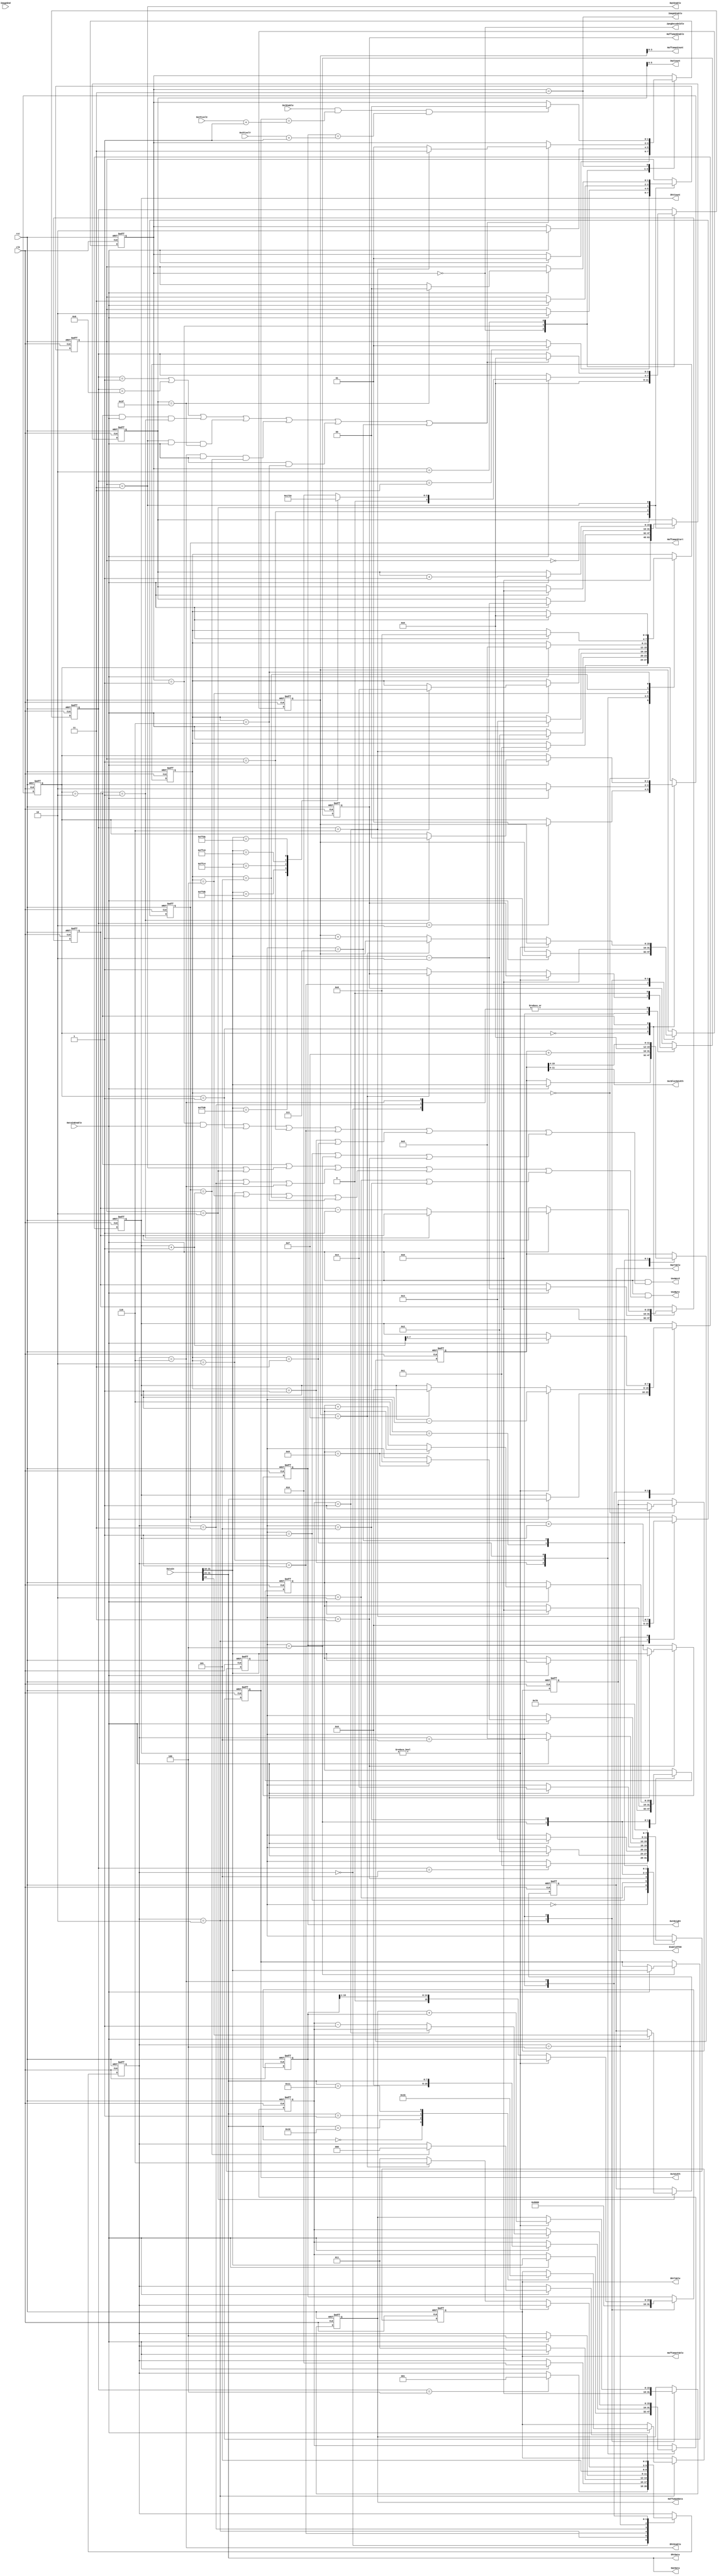
//---------------------------------------------------------------------------
// Module Name	: jpeg_decode_fsm
// Description	: Decode Maker
// Project		: JPEG Decoder
// Belong to	: 
// HomePage		: http://www.sweetcafe.jp/
// Rev.			: 1.03
//---------------------------------------------------------------------------
// Rev. Date		 Description
//---------------------------------------------------------------------------
// 1.01 2006/10/01 1st Release
// 1.02 2006/10/04 Remove a HmOldData register.
//						When reset, clear a ReadDqtTable register.
// 1.03 2007/04/11 Remove JpegDecodeStart
//                 Exchange StateMachine(Add ImageData)
//                 Remove JpegDecodeStart
//---------------------------------------------------------------------------
// $Id: 
//---------------------------------------------------------------------------
`timescale 1ps / 1ps
	
module jpeg_decode_fsm
	(
	rst,
	clk,

	// From FIFO
	DataInEnable,
	DataIn,

	JpegDecodeIdle,		// Deocdeer Process Idle(1:Idle, 0:Run)

	OutWidth,
	OutHeight,
	OutBlockWidth,
	OutEnable,
	OutPixelX,
	OutPixelY,
	
	//
	DqtEnable,
	DqtTable,
	DqtCount,
	DqtData,

	//
	DhtEnable,
	DhtTable,
	DhtCount,
	DhtData,

	//
	HaffumanEnable,
	HaffumanTable,
	HaffumanCount,
	HaffumanData,
	HaffumanStart,

	//
	ImageEnable,
	ImageEnd,
	EnableFF00,
	
	//
	UseByte,
	UseWord
	);

	input			 rst;
	input			 clk;

	input 			DataInEnable;
	input [31:0]	DataIn;
	
	output			JpegDecodeIdle;

	output [15:0]	OutWidth;
	output [15:0]	OutHeight;
	output [11:0]	OutBlockWidth;
	input			OutEnable;
	input [15:0]	OutPixelX;
	input [15:0]	OutPixelY;
	
	output 			DqtEnable;
	output 			DqtTable;
	output [5:0]	DqtCount;
	output [7:0]	DqtData;

	output 			DhtEnable;
	output [1:0]	DhtTable;
	output [7:0]	DhtCount;
	output [7:0]	DhtData;

	//
	output 			HaffumanEnable;
	output [1:0]	HaffumanTable;
	output [3:0]	HaffumanCount;
	output [15:0]	HaffumanData;
	output [7:0]	HaffumanStart;
	
	//
	output 			ImageEnable;
	input 			ImageEnd;
	output 			EnableFF00;
	
	//
	output 			UseByte;
	output 			UseWord;


	//--------------------------------------------------------------------------
	// Read Maker from Jpeg Data
	//--------------------------------------------------------------------------
	reg [1:0]		State;
	reg [3:0]		Process;
	wire			StateReadByte;
	wire			StateReadWord;
	wire			ImageEnable;

	wire			ReadSegmentEnd;

	parameter		Idle		= 2'b00;
	parameter		GetMarker	= 2'b01;
	parameter		ReadSegment	= 2'b10;
	parameter		ImageData	= 2'b11;

	parameter		NoProcess	= 4'h0;
	parameter		SegSOI		= 4'h1;
	parameter		SegAPP		= 4'h2;
	parameter		SegDQT		= 4'h3;
	parameter		SegDHT		= 4'h4;
	parameter		SegSOF0		= 4'h5;
	parameter		SegSOS		= 4'h6;
	parameter		SegDRI		= 4'h7;
	parameter		SegRST		= 4'h8;
	parameter		SegEOI		= 4'h9;
	
	reg [15:0]		JpegWidth;
	reg [15:0]		JpegHeight;

	always @(posedge clk or negedge rst) begin
		if(!rst) begin
			State		<= Idle;
			Process		<= NoProcess;
		end else begin
			case(State)
				Idle: begin
					if(DataInEnable == 1'b1) begin
						State	<= GetMarker;
					end
					Process		<= NoProcess;
				end
				GetMarker: begin
					if(DataInEnable == 1'b1) begin
						State	<= ReadSegment;
						case(DataIn[31:16])
						16'hFFD8: begin		// SOI Segment
							Process <= SegSOI;
						end
						16'hFFE0: begin		// APP0 Segment
							Process <= SegAPP;
						end
						16'hFFDB: begin		// DQT Segment
							Process <= SegDQT;
						end
						16'hFFC4: begin		// DHT Segment
							Process <= SegDHT;
						end
						16'hFFC0: begin		// SOF0 Segment
							Process <= SegSOF0;
						end
						16'hFFDA: begin		// SOS Segment
							Process <= SegSOS;
						end
						//16'hFFDD: begin	// DRI Segment
						//	Process <= SegDRI;
						//end
						//16'hFFDx: begin	// RSTn Segment
						//	Process <= SegRST;
						//end
						//16'hFFD9: begin	// EOI Segment
						//	Process <= SegEOI;
						//end
						default: begin
							Process <= SegAPP;
						end
						endcase
					end
				end
				ReadSegment: begin
					if(ReadSegmentEnd == 1'b1) begin
						Process <= NoProcess;
						if(Process == SegSOS) begin
							State	<= ImageData;
						end else begin
							State	<= GetMarker;
						end
					end
				end
				ImageData: begin
					if(OutEnable & (JpegWidth == OutPixelX +1) & (JpegHeight == OutPixelY +1)) begin
						State	 <= Idle;
					end
				end
			endcase
		end
	end

	assign JpegDecodeIdle	= (State == Idle);
	assign StateReadByte	= 1'b0;
	assign StateReadWord	= ((State == GetMarker) & (DataInEnable == 1'b1));
	assign ImageEnable		= (State == ImageData);

	wire	ReadNopEnd;

	assign	ReadNopEnd = ((Process == SegSOI) | (Process == SegRST));
	
	//--------------------------------------------------------------------------
	// APP Segment
	// Skip read data!
	//--------------------------------------------------------------------------

	reg [1:0]	StateAPP;
	reg [15:0]	ReadAppCount;
	wire		ReadAppByte;
	wire		ReadAppWord;
	wire		ReadAppEnd;

	parameter	AppIdle		= 2'd0;
	parameter	AppLength	= 2'd1;
	parameter	AppRead		= 2'd2;
	
	always @(posedge clk or negedge rst) begin
		if(!rst) begin
			StateAPP		<= AppIdle;
			ReadAppCount	<= 16'd0;
		end else begin
			case(StateAPP)
				AppIdle: begin
					if(Process == SegAPP) StateAPP <= AppLength;
					ReadAppCount <= 16'd0;
				end
				AppLength: begin
					if(DataInEnable == 1'b1) begin
						ReadAppCount	<= DataIn[31:16] -2;
						StateAPP		<= AppRead;
					end
				end
				AppRead: begin
					if(DataInEnable == 1'b1) begin
						if(ReadAppCount == 1) begin
							StateAPP		<= AppIdle;
						end else begin
							ReadAppCount	<= ReadAppCount -1;
						end
					end
				end
			endcase
		end
	end
	assign ReadAppByte	= (StateAPP == AppRead);
	assign ReadAppWord	= (StateAPP == AppLength);
	assign ReadAppEnd	= ((StateAPP == AppRead) & (DataInEnable == 1'b1) & (ReadAppCount == 1));
	
	//--------------------------------------------------------------------------
	// DQT Segment
	//--------------------------------------------------------------------------

	reg [1:0]	 StateDQT;
	reg [15:0]	ReadDqtCount;
	wire			ReadDqtByte;
	wire			ReadDqtWord;
	wire			ReadDqtEnd;
	wire			ReadDqtEnable;
	wire [7:0]	ReadDqtData;
	reg			 ReadDqtTable;

	parameter	 DQTIdle	= 2'b00;
	parameter	 DQTLength = 2'b01;
	parameter	 DQTTable	= 2'b10;
	parameter	 DQTRead	= 2'b11;
	
	always @(posedge clk or negedge rst) begin
		if(!rst) begin
			StateDQT		<= DQTIdle;
			ReadDqtCount	<= 16'h0000;
	 ReadDqtTable	<= 1'b0;
		end else begin
			case(StateDQT)
				DQTIdle: begin
					if(Process == SegDQT) begin
						StateDQT <= DQTLength;
					end
					ReadDqtCount	<= 16'h0000;
				end
				DQTLength: begin
					if(DataInEnable == 1'b1) begin
						StateDQT		<= DQTTable;
						ReadDqtCount <= DataIn[31:16] -2;
					end
				end
				DQTTable: begin
					if(DataInEnable == 1'b1) begin
						StateDQT		<= DQTRead;
						ReadDqtTable <= DataIn[24];
						ReadDqtCount <= 16'd0;
					end
				end
				DQTRead: begin
					if(DataInEnable == 1'b1) begin
						if(ReadDqtCount ==63) begin
							StateDQT		<= DQTIdle;
						end
						ReadDqtCount	<= ReadDqtCount +1;
					end
				end
			endcase
		end
	end

	assign ReadDqtEnable = StateDQT == DQTRead;
	assign ReadDqtData	= DataIn[31:24];
	
	assign ReadDqtByte = StateDQT == DQTRead | StateDQT == DQTTable;
	assign ReadDqtWord = StateDQT == DQTLength;
	assign ReadDqtEnd	= StateDQT == DQTRead & DataInEnable == 1'b1 & ReadDqtCount ==63;

	//--------------------------------------------------------------------------
	// DHT Segment
	//--------------------------------------------------------------------------
	reg [2:0]		StateDHT;
	reg [15:0]	 ReadDhtCount;
	wire			 ReadDhtByte;
	wire			 ReadDhtWord;
	wire			 ReadDhtEnd;
	wire			 ReadDhtEnable;
	wire [7:0]	 ReadDhtData;
	reg [1:0]		ReadDhtTable;

	reg [15:0]	 HmShift;
	reg [15:0]	 HmData;
	reg [7:0]		HmMax;
	reg [7:0]		HmCount;
	reg				HmEnable;

	parameter		DHTIdle = 3'h0;
	parameter		DHTLength = 3'h1;
	parameter		DHTTable = 3'h2;
	parameter		DHTMakeHm0 = 3'h3;
	parameter		DHTMakeHm1 = 3'h4;
	parameter		DHTMakeHm2 = 3'h5;
	parameter		DHTReadTable = 3'h6;
	
	always @(posedge clk or negedge rst)
		begin
			if(!rst) begin
				StateDHT <= DHTIdle;
				ReadDhtCount	<= 16'h0000;
				ReadDhtTable	<= 2'b00;
				HmEnable		<= 1'b0;
				HmShift		 <= 16'h8000;
				HmData			<= 16'h0000;
				HmMax			<= 8'h00;
				HmCount		 <= 8'h00;
			end else begin // if (!rst)
				case(StateDHT)
				 DHTIdle: begin
					 if(Process == SegDHT) begin
						 StateDHT <= DHTLength;
					 end
					 HmEnable		<= 1'b0;
				 end
				 DHTLength: begin
					 if(DataInEnable == 1'b1) begin
						 StateDHT		<= DHTTable;
						 ReadDhtCount <= DataIn[31:16];
					 end
				 end
				 DHTTable: begin
					 if(DataInEnable == 1'b1) begin
						 StateDHT <= DHTMakeHm0;
						 case(DataIn[31:24])
							8'h00: ReadDhtTable <= 2'b00;
							8'h10: ReadDhtTable <= 2'b01;
							8'h01: ReadDhtTable <= 2'b10;
							8'h11: ReadDhtTable <= 2'b11;
						 endcase
					 end
					 HmShift <= 16'h8000;
					 HmData	<= 16'h0000;
					 HmMax	<= 8'h00;
					 ReadDhtCount <= 0;
				 end // case: DHTTable
				 DHTMakeHm0: begin
					 if(DataInEnable == 1'b1) begin
						 StateDHT		<= DHTMakeHm1;
						 HmCount		<= DataIn[31:24];
					 end
					 HmEnable		<= 1'b0;
				 end
				 DHTMakeHm1: begin
					 StateDHT <= DHTMakeHm2;
					 HmMax	 <= HmMax + HmCount;
				 end
				 DHTMakeHm2: begin
					 if(HmCount != 0) begin
						 HmData	<= HmData + HmShift;
						 HmCount <= HmCount -1;
					 end else begin
						 if(ReadDhtCount == 15) begin
							 StateDHT <= DHTReadTable;
							 HmCount	<= 8'h00;
							 //HmMax	 <= HmMax -1;
						 end else begin
							 HmEnable		<= 1'b1;
							 StateDHT		<= DHTMakeHm0;
							 ReadDhtCount <= ReadDhtCount +1;
						 end
						 HmShift <= HmShift >> 1;
					 end
				 end
				 DHTReadTable: begin
					 HmEnable		<= 1'b0;
					 if(DataInEnable == 1'b1) begin
						 if(HmMax == HmCount +1) begin
							 StateDHT <= DHTIdle;
						 end
						 HmCount				<= HmCount +1;
					 end
				 end
				endcase
			end
		end

	assign ReadDhtEnable = StateDHT == DHTReadTable;
	assign ReadDhtData	= DataIn[31:24];
	
	assign ReadDhtByte = StateDHT == DHTTable | StateDHT == DHTMakeHm0 |
								StateDHT == DHTReadTable;
	assign ReadDhtWord = StateDHT == DHTLength;
	assign ReadDhtEnd	= StateDHT == DHTReadTable & DataInEnable == 1'b1 & HmMax == HmCount +1;

	//--------------------------------------------------------------------------
	// SOS Segment
	//--------------------------------------------------------------------------
	reg [3:0] StateSOS;
	reg [15:0] ReadSosCount;
	wire		 ReadSosByte;
	wire		 ReadSosWord;
	wire		 ReadSosEnd;

	parameter	SOSIdle		 = 4'h0;
	parameter	SOSLength		= 4'h1;
	parameter	SOSRead0		= 4'h2;
	parameter	SOSRead1		= 4'h3;
	parameter	SOSRead2		= 4'h4;
	parameter	SOSRead3		= 4'h5;
	parameter	SOSRead4		= 4'h6;

	reg 			EnableFF00;
	
	always @(posedge clk or negedge rst)
		begin
			if(!rst) begin
				StateSOS			<= SOSIdle;
				ReadSosCount	 <= 16'h0000;
		EnableFF00		<= 1'b0;
			end else begin
				case(StateSOS)
				 SOSIdle: begin
					 if(Process == SegSOS) begin
						 StateSOS <= SOSLength;
			EnableFF00 <= 1'b1;
					 end
				 end
				 SOSLength: begin
					 if(DataInEnable == 1'b1) begin			
						 StateSOS		<= SOSRead0;
						 ReadSosCount <= DataIn[31:16];
					 end
				 end
				 SOSRead0: begin
					 if(DataInEnable == 1'b1) begin			
						 StateSOS		<= SOSRead1;
						 ReadSosCount <= {8'h00,DataIn[31:24]};
					 end
				 end
				 SOSRead1: begin
					 if(DataInEnable == 1'b1) begin
						 if(ReadSosCount == 1) begin
							 StateSOS		<= SOSRead2;
						 end else begin
							 ReadSosCount <= ReadSosCount -1;
						 end
					 end
				 end
				 SOSRead2: begin
					 if(DataInEnable == 1'b1) begin			
						 StateSOS			<= SOSRead3;
					 end
				 end
				 SOSRead3: begin
					 if(DataInEnable == 1'b1) begin			
						 StateSOS			<= SOSRead4;
					 end
				 end
				 SOSRead4: begin
					 if(DataInEnable == 1'b1) begin			
						 StateSOS			<= SOSIdle;
					 end
				 end
				endcase
			end
		end
	assign ReadSosByte = StateSOS == SOSRead0 | StateSOS == SOSRead2 | StateSOS == SOSRead3 | StateSOS == SOSRead4;
	assign ReadSosWord = StateSOS == SOSLength | StateSOS == SOSRead1;
	assign ReadSosEnd	= DataInEnable == 1'b1 & StateSOS == SOSRead4;

	//--------------------------------------------------------------------------
	// SOF0 Segment
	//--------------------------------------------------------------------------
	reg [3:0] StateSOF;
	reg [15:0] ReadSofCount;
	wire		 ReadSofByte;
	wire		 ReadSofWord;
	wire		 ReadSofEnd;

	reg [15:0] JpegBlockWidth;
	reg [15:0] JpegBlockHeight;

	parameter	SOFIdle		 = 4'h0;
	parameter	SOFLength		= 4'h1;
	parameter	SOFRead0		= 4'h2;
	parameter	SOFReadY		= 4'h3;
	parameter	SOFReadX		= 4'h4;
	parameter	SOFReadComp	= 4'h5;
	parameter	SOFMakeBlock0 = 4'H6;
	parameter	SOFMakeBlock1 = 4'h7;
	
	always @(posedge clk or negedge rst)
		begin
			if(!rst) begin
				StateSOF			<= SOFIdle;
				ReadSofCount	 <= 16'h0000;
				JpegWidth		 <= 16'h0000;
				JpegHeight		<= 16'h0000;
				JpegBlockWidth	<= 16'h0000;
				JpegBlockHeight <= 16'h0000;
			end else begin
				case(StateSOF)
				 SOFIdle: begin
					 if(Process == SegSOF0) begin
						 StateSOF <= SOFLength;
					 end
				 end
				 SOFLength: begin
					 if(DataInEnable == 1'b1) begin			
						 StateSOF		<= SOFRead0;
						 ReadSofCount <= DataIn[31:16];
					 end
				 end
				 SOFRead0: begin
					 if(DataInEnable == 1'b1) begin			
						 StateSOF <= SOFReadY;
					 end
				 end
				 SOFReadY: begin
					 if(DataInEnable == 1'b1) begin			
						 StateSOF		 <= SOFReadX;
						 JpegHeight		<= DataIn[31:16];
						 JpegBlockHeight <= DataIn[31:16];
					 end
				 end
				 SOFReadX: begin
					 if(DataInEnable == 1'b1) begin			
						 StateSOF			<= SOFReadComp;
						 JpegWidth		<= DataIn[31:16];
						 JpegBlockWidth <= DataIn[31:16];
						 ReadSofCount	 <= 16'h0000;
					 end
				 end
				 SOFReadComp: begin
					 if(DataInEnable == 1'b1) begin
						 if(ReadSofCount == 9) begin
							 StateSOF <= SOFMakeBlock0;
						 end else begin
							 ReadSofCount <= ReadSofCount +1;
						 end
					 end
				 end
				 SOFMakeBlock0:begin
					 StateSOF			<= SOFMakeBlock1;
					 JpegBlockWidth	<= JpegBlockWidth	+15;
					 JpegBlockHeight <= JpegBlockHeight +15;
				 end
				 SOFMakeBlock1:begin
					 StateSOF			<= SOFIdle;
					 JpegBlockWidth	<= JpegBlockWidth	>> 4;
					 JpegBlockHeight <= JpegBlockHeight >> 4;
				 end
				endcase
			end
		end
	assign ReadSofByte = StateSOF == SOFRead0 | StateSOF == SOFReadComp;
	assign ReadSofWord = StateSOF == SOFLength | StateSOF == SOFReadX | StateSOF == SOFReadY ;
	assign ReadSofEnd	= StateSOF == SOFMakeBlock1;

	assign OutWidth	= JpegWidth;
	assign OutHeight = JpegHeight;
	assign 		OutBlockWidth = JpegBlockWidth[11:0];
	
	//
	assign			UseByte = DataInEnable == 1'b1 & (StateReadByte | ReadAppByte | ReadDqtByte | ReadDhtByte | ReadSosByte | ReadSofByte) ;
	assign			UseWord = DataInEnable == 1'b1 & (StateReadWord | ReadAppWord | ReadDqtWord | ReadDhtWord | ReadSosWord | ReadSofWord) ;
	assign			ReadSegmentEnd = ReadNopEnd | ReadAppEnd | ReadDqtEnd | ReadDhtEnd | ReadSosEnd | ReadSofEnd ;

	//
	assign 		DqtEnable = ReadDqtEnable;
	assign 		DqtTable	= ReadDqtTable;
	assign 		DqtCount	= ReadDqtCount[5:0];
	assign 		DqtData	= ReadDqtData;

	//
	assign 		DhtEnable = ReadDhtEnable;
	assign 		DhtTable	= ReadDhtTable;
	assign 		DhtCount	= HmCount;
	assign 		DhtData	= ReadDhtData;

	//
	assign 		HaffumanEnable = HmEnable;
	assign 		HaffumanTable	= ReadDhtTable;
	assign 		HaffumanCount	= ReadDhtCount[3:0];
	assign 		HaffumanData	= HmData;
	assign 		HaffumanStart	= HmMax;

endmodule